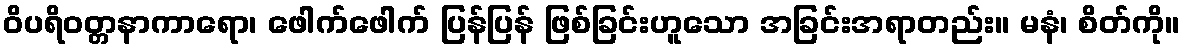
ဝိပရိဝတ္တနာကာရော၊ ဖေါက်ဖေါက် ပြန်ပြန် ဖြစ်ခြင်းဟူသော အခြင်းအရာတည်း။ မနံ၊ စိတ်ကို။